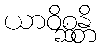
ယာဝိစ္ဆန္တိ